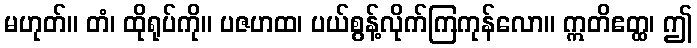
မဟုတ်။ တံ၊ ထိုရုပ်ကို။ ပဇဟထ၊ ပယ်စွန့်လိုက်ကြကုန်လော။ ဣတိဧတ္ထ၊ ဤ